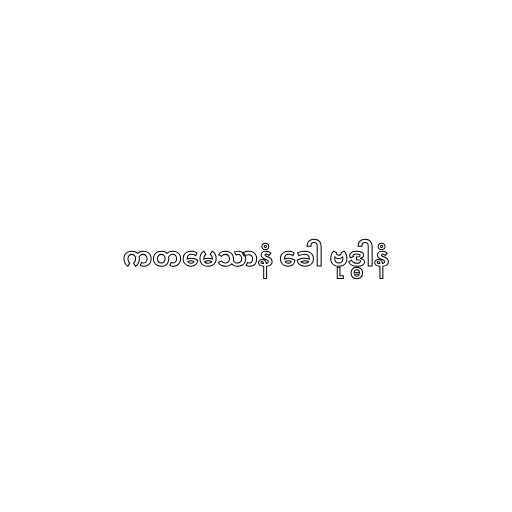
ကတမေသာနံ ခေါ ဗုဒ္ဓါနံ